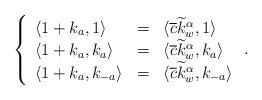
LaTeX: \begin{align*}\left\{\begin{array}{lcl}\langle 1+k_a,1\rangle&=&\langle \overline{c}\widetilde{k}_w^{\alpha},1\rangle\\\langle 1+k_a,k_a\rangle&=&\langle \overline{c}\widetilde{k}_w^{\alpha},k_a\rangle\\\langle 1+k_a,k_{-a}\rangle&=&\langle \overline{c}\widetilde{k}_w^{\alpha},k_{-a}\rangle\end{array}\right..\end{align*}